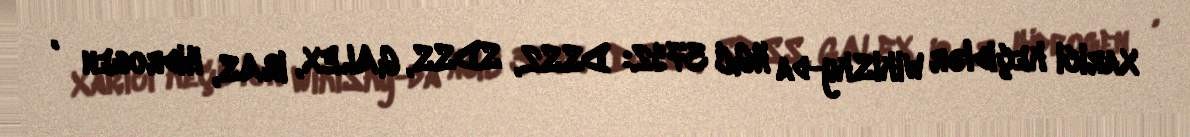
Xarici keçidlər WikiSky-da NGC 3792: DSS2, SDSS, GALEX, IRAS, Hidrogen α,